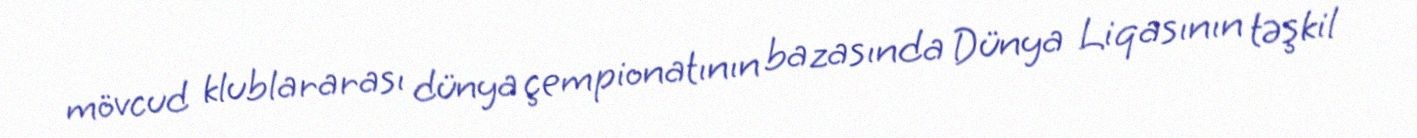
mövcud klublararası dünya çempionatının bazasında Dünya Liqasının təşkil